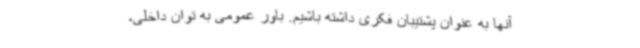
آنها به عنوان پشتیبان فکری داشته باشیم. باور عمومی به توان داخلی،